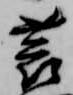
蓑